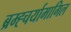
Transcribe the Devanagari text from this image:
ब्रम्ह्चर्यामागिल